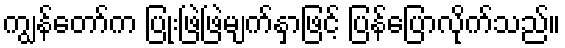
ကျွန်တော်က ပြုံးဖြဲဖြဲမျက်နှာဖြင့် ပြန်ပြောလိုက်သည်။